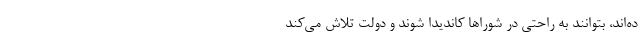
ده‌اند، بتوانند به راحتی در شوراها کاندیدا شوند و دولت تلاش می‌کند